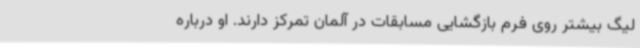
لیگ بیشتر روی فرم بازگشایی مسابقات در آلمان تمرکز دارند. او درباره